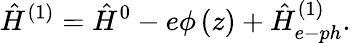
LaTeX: {\hat{H}}^{(1)}={\hat{H}}^{0}-e\phi\left(z\right)+{\hat{H}}_{e-ph}^{(1)}.